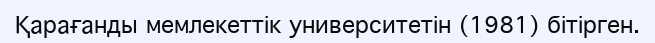
Қарағанды мемлекеттік университетін (1981) бітірген.